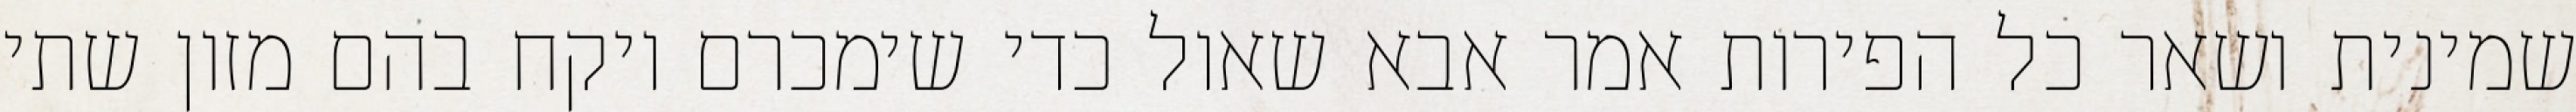
שמינית ושאר כל הפירות אמר אבא שאול כדי שימכרם ויקח בהם מזון שתי